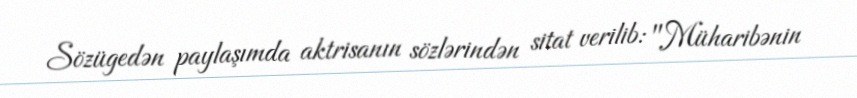
Sözügedən paylaşımda aktrisanın sözlərindən sitat verilib: "Müharibənin